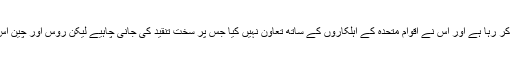
مغربی ممالک کا کہنا ہے کہ ایران جوہری ہتھیار بنانے کی کوشش کر رہا ہے اور اس نے اقوامِ متحدہ کے اہلکاروں کے ساتھ تعاون نہیں کیا جس پر سخت تنقید کی جانی چاہیے لیکن روس اور چین اس مسئلہ سے نمٹنے کے لیے مفاہمتی ذرائع استعمال کرنا چاہتے ہیں۔